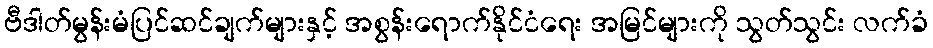
ဗီဒါတ်မွန်းမံပြင်ဆင်ချက်များနှင့် အစွန်းရောက်နိုင်ငံရေး အမြင်များကို သွတ်သွင်း လက်ခံ